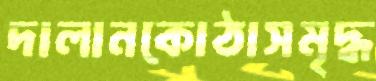
দালানকোঠাসমৃদ্ধ